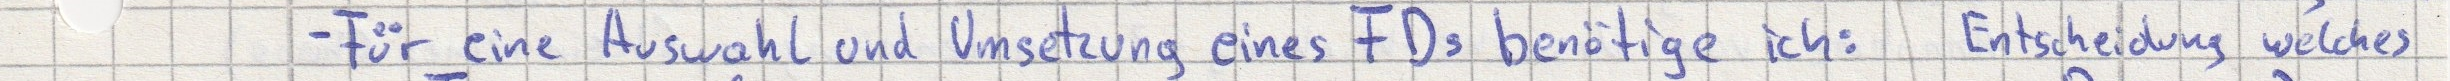
- Für eine Auswahl und Umsetzung eines FDs benötige ich: Entscheidung welches